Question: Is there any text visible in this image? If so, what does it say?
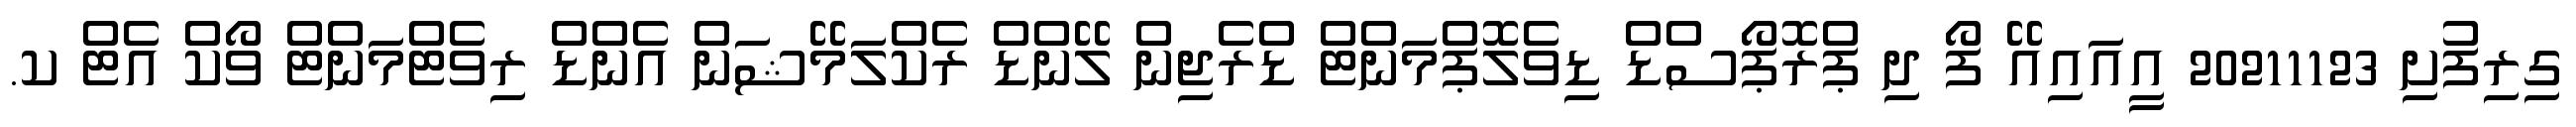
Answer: ގިރިފުށި 20211123 އީއައިއޭ ފޯ ދި ޕްރޮޕޯސްޑް ޑިވެލޮޕްމަންޓް ޑްރެޖިން ލޭންޑް ރެކްލަމޭޝަން އެންޑް ރިވެޓްމަންޓް ވޯކް އެޓް ކ.